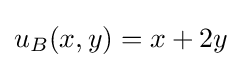
u_{B}(x,y)=x+2y